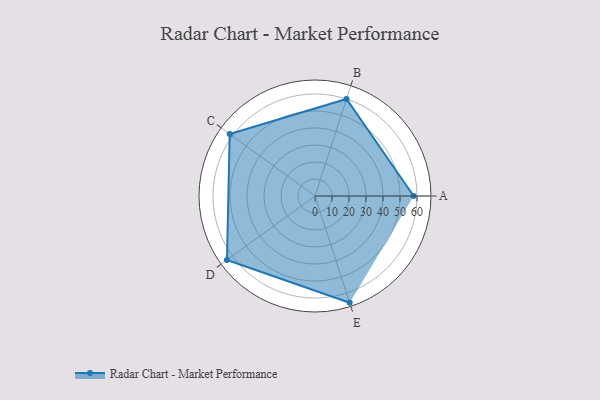
{"axis": {"x": "Skill", "y": "Score"}, "legend": ["Profile"], "data": [{"x": "A", "y": 58.0, "type": "Profile"}, {"x": "B", "y": 60.0, "type": "Profile"}, {"x": "C", "y": 62.0, "type": "Profile"}, {"x": "D", "y": 64.0, "type": "Profile"}, {"x": "E", "y": 66.0, "type": "Profile"}]}